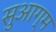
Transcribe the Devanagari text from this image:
सुआग्म